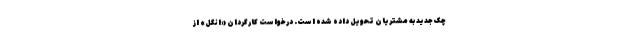
چک جدید به مشتریان تحویل داده شده است. درخواست کارگردان «اَنگل» از